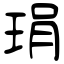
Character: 琄